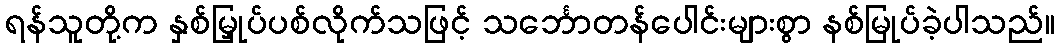
ရန်သူတို့က နှစ်မြှုပ်ပစ်လိုက်သဖြင့် သင်္ဘောတန်ပေါင်းများစွာ နစ်မြုပ်ခဲ့ပါသည်။